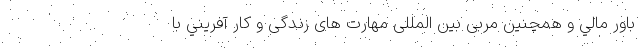
باور مالي و همچنین مربی بین المللی مهارت های زندگی و کار آفريني با